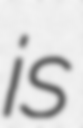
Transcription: is